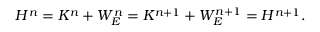
H ^ { n } = K ^ { n } + W _ { E } ^ { n } = K ^ { n + 1 } + W _ { E } ^ { n + 1 } = H ^ { n + 1 } .